Indian journal of veterinary science and animal husbandry - Volumes 24-25, 1954-1955
Year: 1954
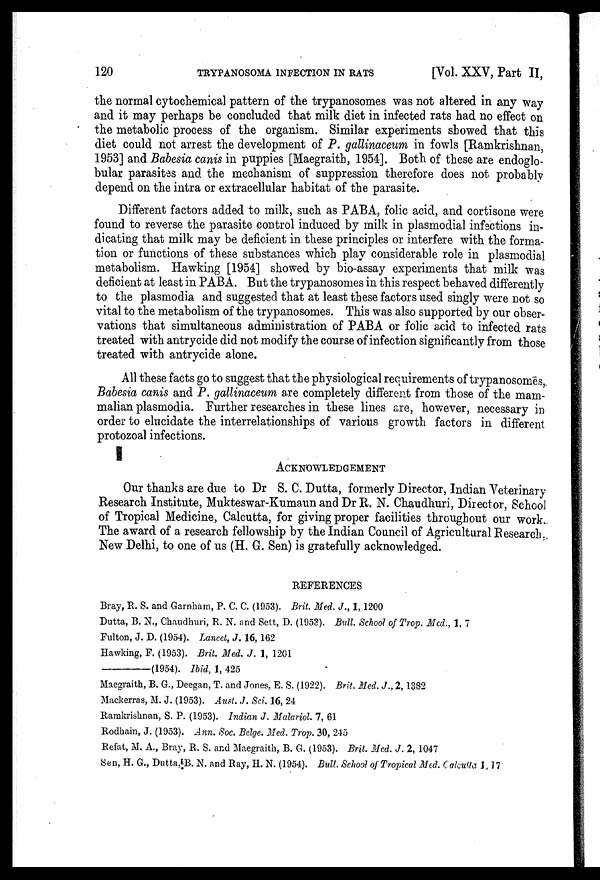
120
TRYPANOSOMA INFECTION IN RATS
[Vol. XXV, Part II,
the normal cytochemical pattern of the trypanosomes was not altered in any way
and it may perhaps be concluded that milk diet in infected rats had no effect on
the metabolic process of the organism. Similar experiments showed that this
diet could not arrest the development of P. gallinaceum in fowls [Ramkrishnan,
1953] and Babesia canis in puppies [Maegraith, 1954]. Both of these are endoglo-
bular parasites and the mechanism of suppression therefore does not probably
depend on the intra or extracellular habitat of the parasite.
Different factors added to milk, such as PABA, folic acid, and cortisone were
found to reverse the parasite control induced by milk in plasmodial infections in-
dicating that milk may be deficient in these principles or interfere with the forma-
tion or functions of these substances which play considerable role in plasmodial
metabolism. Hawking [1954] showed by bio-assay experiments that milk was
deficient at least in PABA. But the trypanosomes in this respect behaved differently
to the plasmodia and suggested that at least these factors used singly were not so
vital to the metabolism of the trypanosomes. This was also supported by our obser-
vations that simultaneous administration of PABA or folic acid to infected rats
treated with antrycide did not modify the course of infection significantly from those
treated with antrycide alone.
All these facts go to suggest that the physiological requirements of trypanosomes,
Babesia canis and P. gallinaceum are completely different from those of the mam-
malian plasmodia. Further researches in these lines are, however, necessary in
order to elucidate the interrelationships of various growth factors in different
protozoal infections.
ACKNOWLEDGEMENT
Our thanks are due to Dr S. C. Dutta, formerly Director, Indian Veterinary
Research Institute, Mukteswar-Kumaun and Dr R. N. Chaudhuri, Director, School
of Tropical Medicine, Calcutta, for giving proper facilities throughout our work.
The award of a research fellowship by the Indian Council of Agricultural Research.
New Delhi, to one of us (H. G. Sen) is gratefully acknowledged.
REFERENCES
Bray, R. S. and Garnham, P. C. C. (1953). Brit. Med. J., 1, 1200
Dutta, B. N., Chaudhuri, R. N. and Sett, D. (1953). Bull. School of Trop. Med., 1, 7
Fulton, J. D. (1954). Lancet, J. 16, 162
Hawking, F. (1953). Brit. Med. J. 1, 1201
————(1954).
Ibid, 1, 425
Maegraith, B. G., Deegan, T. and Jones. E. S. (1922). Brit. Med. J., 2, 1382
Mackerras, M. J. (1953). Aust. J. Sci. 16, 24
Ramkrishnan, S. P. (1953). Indian J. Malariol. 7, 61
Rodhain, J. (1953). Ann. Soc. Belge. Med. Trop. 30, 245
Refat, M. A., Bray, R. S. and Maegraith, B. G. (1953). Brit. Med. J. 2, 1047
Sen, H. G., Dutta, B. N. and Ray, H. N. (1954). Bull School of Tropical Med. Calcutta 1, 17